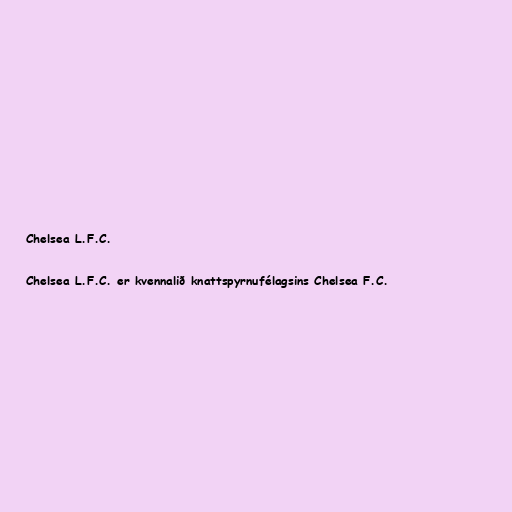
Chelsea L.F.C.

Chelsea L.F.C. er kvennalið knattspyrnufélagsins Chelsea F.C.